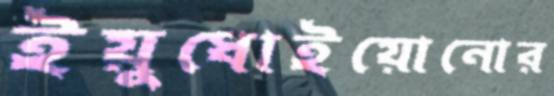
ইয়ুধোইয়োনোর